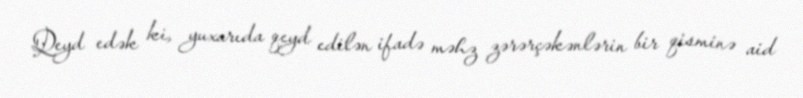
Qeyd edək ki, yuxarıda qeyd edilən ifadə məhz zərərçəkənlərin bir qisminə aid